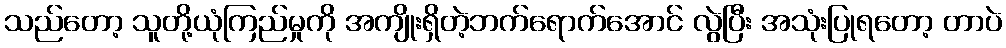
သည်တော့ သူတို့ယုံကြည်မှုကို အကျိုးရှိတဲ့ဘက်ရောက်အောင် လွဲပြီး အသုံးပြုရတော့ တာပဲ